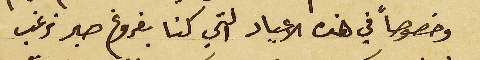
وخصوصاً في هذه الاعياد التي كنا بفروغ صبر نرغب